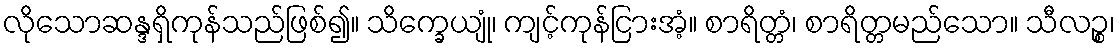
လိုသောဆန္ဒရှိကုန်သည်ဖြစ်၍။ သိက္ခေယျုံ၊ ကျင့်ကုန်ငြားအံ့။ စာရိတ္တံ၊ စာရိတ္တမည်သော။ သီလဉ္စ၊